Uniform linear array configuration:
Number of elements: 24
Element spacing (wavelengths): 0.75
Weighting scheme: kaiser
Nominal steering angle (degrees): -45
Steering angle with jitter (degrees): -46.552
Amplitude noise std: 0.05
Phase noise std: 0.05

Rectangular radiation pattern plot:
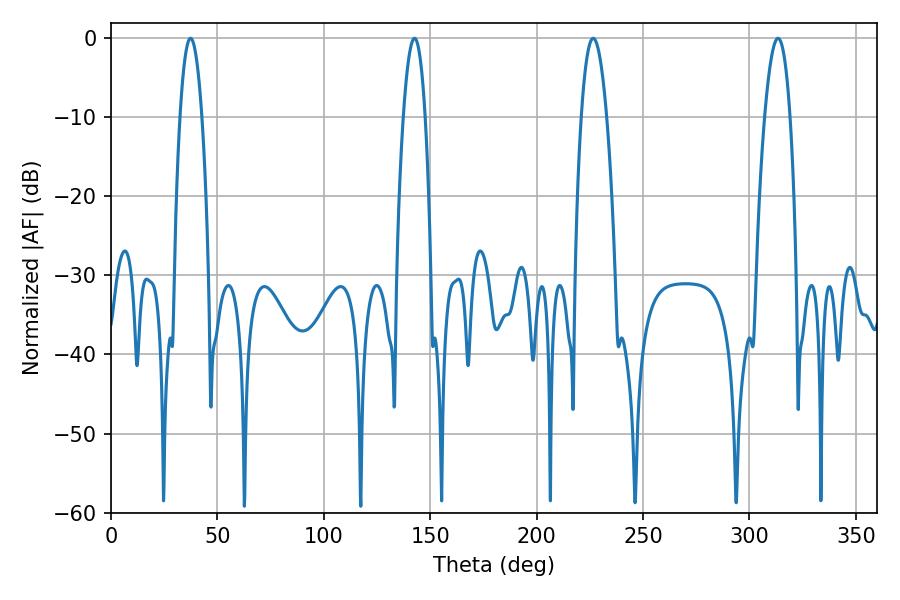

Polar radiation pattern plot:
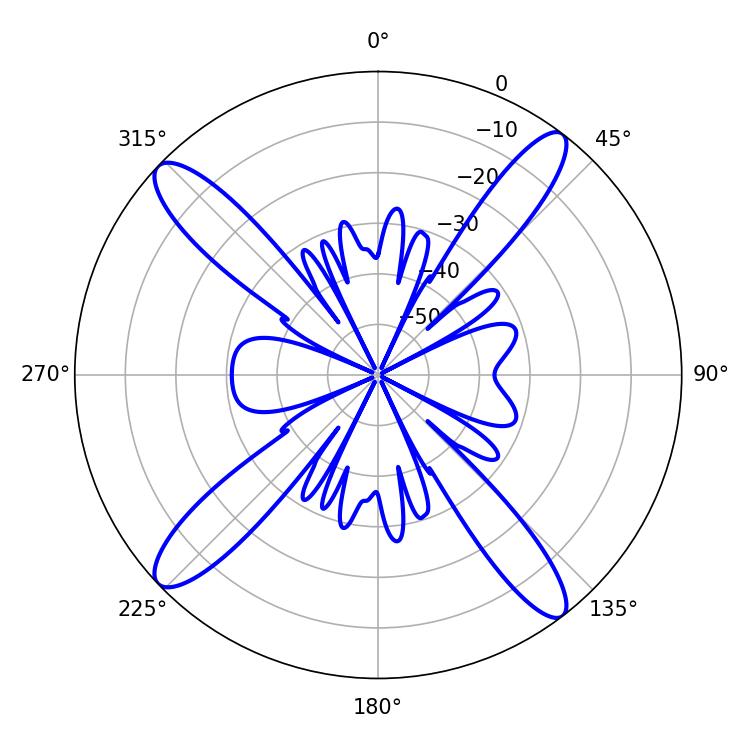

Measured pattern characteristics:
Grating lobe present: TRUE
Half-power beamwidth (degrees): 6.66
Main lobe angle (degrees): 226.62